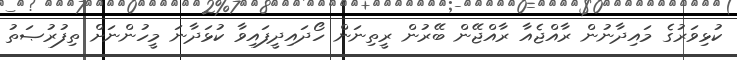
ކުޅިވަރުގެ މައިދާނުން ރާއްޖެއާ ރާއްޖޭން ބޭރުން ރީތިނަން ހޯދައިދީފައިވާ ކުޅަދާނަ މީހުންނަށް ތިފުރުޞަތު